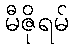
မီဇိုရမ်